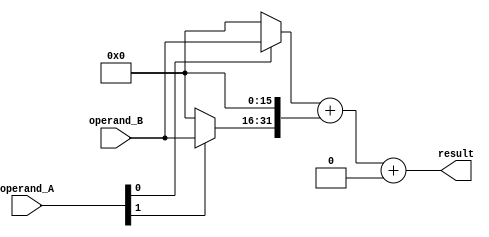
module Baugh_Wooley_Multiplier(
  input signed [15:0] operand_A,
  input signed [15:0] operand_B,
  output reg signed [31:0] result
);

reg [15:0] partial_product[2:0];
wire [47:0] intermediate_result;

assign intermediate_result = partial_product[0] + (partial_product[1] << 16) + (partial_product[2] << 32);
assign result = intermediate_result[31:0];

always @(*) begin
  partial_product[0] = operand_A[0] ? operand_B : 0;
  partial_product[1] = operand_A[1] ? operand_B : 0;
  partial_product[2] = operand_A[2] ? operand_B : 0;
end

endmodule